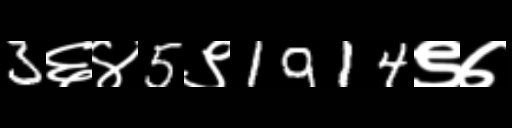
Text: 3६४5९1914९७